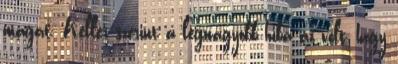
magát. Keller szerint a legnagyobb hiba az volt, hogy